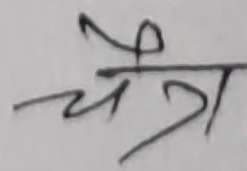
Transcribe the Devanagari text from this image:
चैत्र